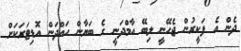
ދެން އެ ފަކީރުން ޖެހޭނީ ލިބޭ އާމްދަނީ ގެ ބަޔާން ހައްދަން އޮޑިޓަރަކަށް